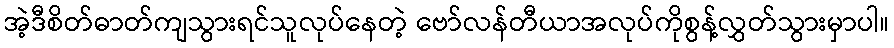
အဲ့ဒီစိတ်ဓာတ်ကျသွားရင်သူလုပ်နေတဲ့ ဗော်လန်တီယာအလုပ်ကိုစွန့်လွှတ်သွားမှာပါ။